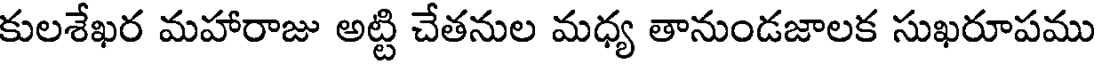
కులశేఖర మహారాజు అట్టి చేతనుల మధ్య తానుండజాలక సుఖరూపము